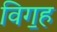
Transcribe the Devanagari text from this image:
विग॒ह